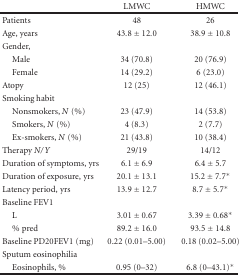
|  | LMWC | HMWC |
 | --- | --- | --- |
 | Patients | 48 | 26 |
 | Age, years | 43.8 ± 12.0 | 38.9 ± 10.8 |
 | Gender, |  |  |
 | Male | 34 (70.8) | 20 (76.9) |
 | Female | 14 (29.2) | 6 (23.0) |
 | Atopy | 12 (25) | 12 (46.1) |
 | Smoking habit |  |  |
 | Nonsmokers, N (%) | 23 (47.9) | 14 (53.8) |
 | Smokers, N (%) | 4 (8.3) | 2 (7.7) |
 | Ex-smokers, N (%) | 21 (43.8) | 10 (38.4) |
 | Therapy N/Y | 29/19 | 14/12 |
 | Duration of symptoms, yrs | 6.1 ± 6.9 | 6.4 ± 5.7 |
 | Duration of exposure, yrs | 20.1 ± 13.1 | 15.2 ± 7.7* |
 | Latency period, yrs | 13.9 ± 12.7 | 8.7 ± 5.7* |
 | Baseline FEV1 |  |  |
 | L | 3.01 ± 0.67 | 3.39 ± 0.68* |
 | % pred | 89.2 ± 16.0 | 93.5 ± 14.8 |
 | Baseline PD20FEV1 (mg) | 0.22 (0.01–5.00) | 0.18 (0.02–5.00) |
 | Sputum eosinophilia |  |  |
 | Eosinophils, % | 0.95 (0–32) | 6.8 (0–43.1)* |